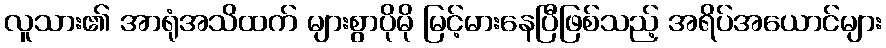
လူသား၏ အာရုံအသိထက် များစွာပိုမို မြင့်မားနေပြီဖြစ်သည့် အရိပ်အယောင်များ